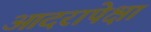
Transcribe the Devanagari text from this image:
आदरापेक्षा